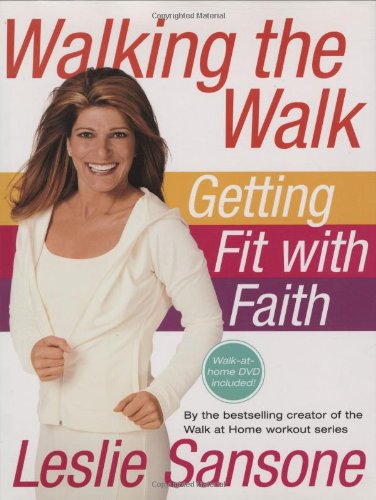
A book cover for Walking the Walk (w/DVD): Getting Fit with Faith; Leslie Sansone; Health, Fitness & Dieting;